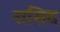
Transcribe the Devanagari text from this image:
रासिद